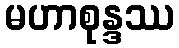
မဟာစုန္ဒဿ